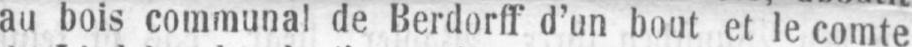
au bois communal de Berdorff d’un bout et le comte